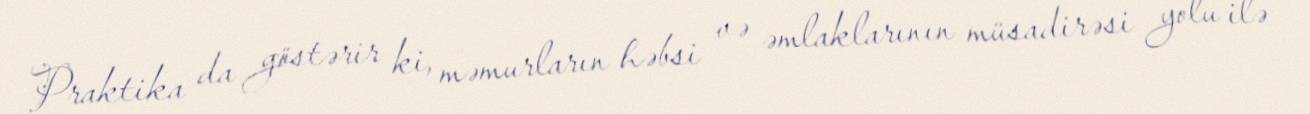
Praktika da göstərir ki, məmurların həbsi və əmlaklarının müsadirəsi yolu ilə